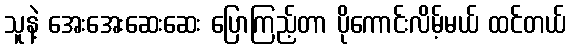
သူနဲ့ အေးအေးဆေးဆေး ပြောကြည့်တာ ပိုကောင်းလိမ့်မယ် ထင်တယ်